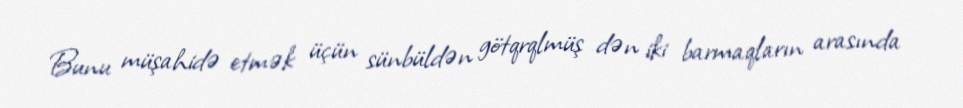
Bunu müşahidə etmək üçün sünbüldən götqrqlmüş dən iki barmaqların arasında